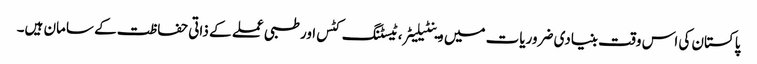
پاکستان کی اس وقت بنیادی ضروریات میں وینٹیلیٹر، ٹیسٹنگ کٹس اور طبی عملے کے ذاتی حفاظت کے سامان ہیں۔